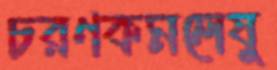
চরণকমলেষু